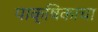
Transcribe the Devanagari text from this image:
पाक्षिकाचा